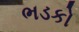
ભડકો